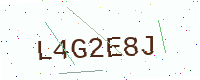
Text: L4G2E8J